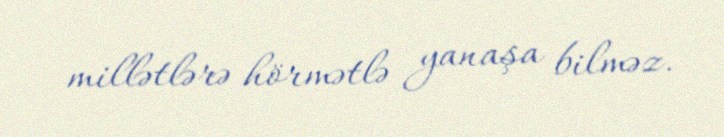
millətlərə hörmətlə yanaşa bilməz.